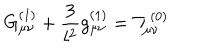
LaTeX: G _ { \mu \nu } ^ { ( 1 ) } + \frac { 3 } { l ^ { 2 } } g _ { \mu \nu } ^ { ( 1 ) } = { \cal T } _ { \mu \nu } ^ { ( 0 ) }